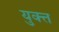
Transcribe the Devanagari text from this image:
युक्त्त